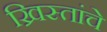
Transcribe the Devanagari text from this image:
ख्रिस्तांचे